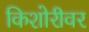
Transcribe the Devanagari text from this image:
किशोरीवर